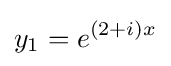
y_{1}=e^{(2+i)x}